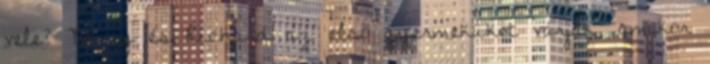
vele? Nancy és Richard az első gyermeküket várják, amikor